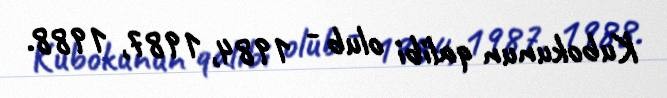
Kubokunun qalibi olub - 1984, 1987, 1988.